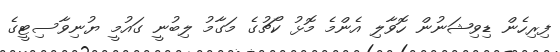
ފިރިހެން ޑިވިޝަނުން ހޮވާލި އެންމެ މޮޅު ކޯޗުގެ މަގާމު ލިބުނީ ގައުމީ ޔުނިވާސިޓީގެ